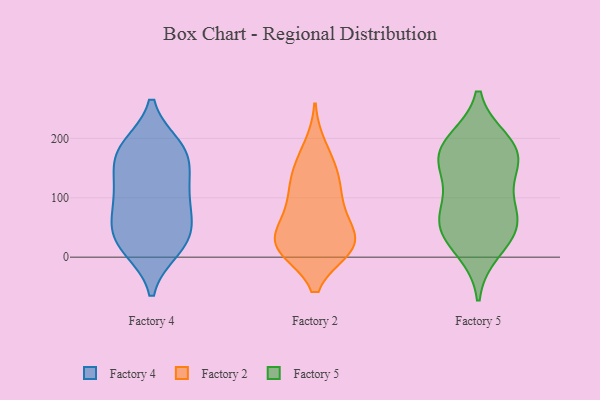
{"axis": {"x": "Customer Acquisition Cost (USD)", "y": "Value"}, "legend": ["Factory 2", "Factory 4", "Factory 5"], "data": [{"x": "", "y": 174, "type": "Factory 4"}, {"x": "", "y": 179, "type": "Factory 4"}, {"x": "", "y": 65, "type": "Factory 4"}, {"x": "", "y": 116, "type": "Factory 4"}, {"x": "", "y": 179, "type": "Factory 4"}, {"x": "", "y": 185, "type": "Factory 4"}, {"x": "", "y": 145, "type": "Factory 4"}, {"x": "", "y": 25, "type": "Factory 4"}, {"x": "", "y": 15, "type": "Factory 4"}, {"x": "", "y": 56, "type": "Factory 4"}, {"x": "", "y": 18, "type": "Factory 4"}, {"x": "", "y": 107, "type": "Factory 4"}, {"x": "", "y": 101, "type": "Factory 4"}, {"x": "", "y": 46, "type": "Factory 4"}, {"x": "", "y": 69, "type": "Factory 2"}, {"x": "", "y": 147, "type": "Factory 2"}, {"x": "", "y": 17, "type": "Factory 2"}, {"x": "", "y": 19, "type": "Factory 2"}, {"x": "", "y": 118, "type": "Factory 2"}, {"x": "", "y": 147, "type": "Factory 2"}, {"x": "", "y": 81, "type": "Factory 2"}, {"x": "", "y": 22, "type": "Factory 2"}, {"x": "", "y": 20, "type": "Factory 2"}, {"x": "", "y": 185, "type": "Factory 2"}, {"x": "", "y": 107, "type": "Factory 2"}, {"x": "", "y": 18, "type": "Factory 2"}, {"x": "", "y": 15, "type": "Factory 2"}, {"x": "", "y": 47, "type": "Factory 2"}, {"x": "", "y": 49, "type": "Factory 5"}, {"x": "", "y": 49, "type": "Factory 5"}, {"x": "", "y": 58, "type": "Factory 5"}, {"x": "", "y": 109, "type": "Factory 5"}, {"x": "", "y": 173, "type": "Factory 5"}, {"x": "", "y": 71, "type": "Factory 5"}, {"x": "", "y": 157, "type": "Factory 5"}, {"x": "", "y": 13, "type": "Factory 5"}, {"x": "", "y": 164, "type": "Factory 5"}, {"x": "", "y": 193, "type": "Factory 5"}, {"x": "", "y": 186, "type": "Factory 5"}]}